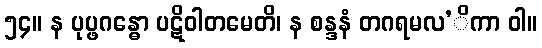
၅၄။ န ပုပ္ဖဂန္ဓော ပဋိဝါတမေတိ၊ န စန္ဒနံ တဂရမလ’ိကာ ဝါ။